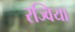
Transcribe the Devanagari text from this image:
रज्विया